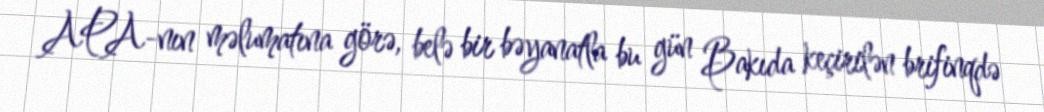
APA-nın məlumatına görə, belə bir bəyanatla bu gün Bakıda keçirilən brifinqdə